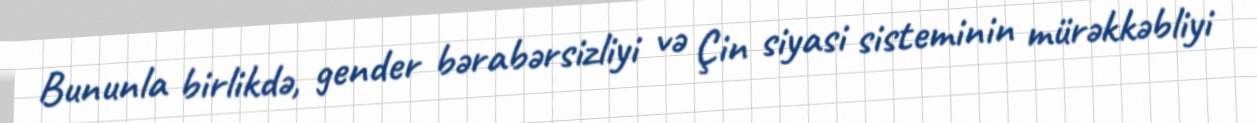
Bununla birlikdə, gender bərabərsizliyi və Çin siyasi sisteminin mürəkkəbliyi